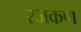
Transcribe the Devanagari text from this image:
रजकण